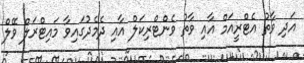
އަދި ވާތު އެޓްރީއަމް އާއި ވާތު ވެންޓްރިކަލް އާއި ދެމެދުގައިވާ މައިޓްރަލް ވޭލް